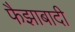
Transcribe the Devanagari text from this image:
फैझाबादी